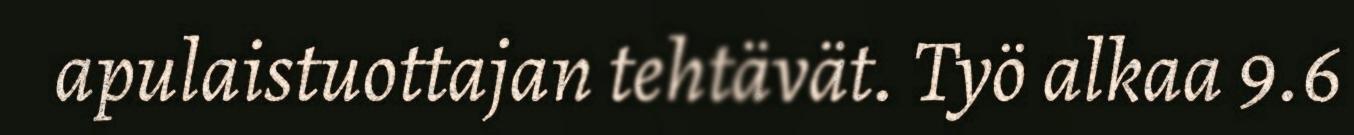
apulaistuottajan tehtävät. Työ alkaa 9.6